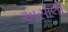
અસાલી